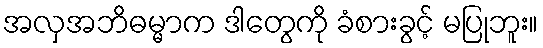
အလှအဘိဓမ္မာက ဒါတွေကို ခံစားခွင့် မပြုဘူး။